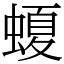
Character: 𧏡